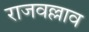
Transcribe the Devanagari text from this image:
राजवल्लाव